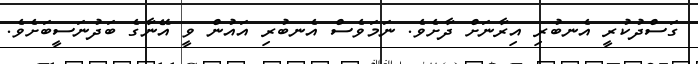
ގަސްދުކުރީ އެނބުރި އިރާނަށް ދާށެެވެ. ނަމަވެސް އެނބުރި އައުން ވީ އޭނާގެ ބަދުނަސީބަށެވެ.